Scottish Leaving Certificate Examination, 1961
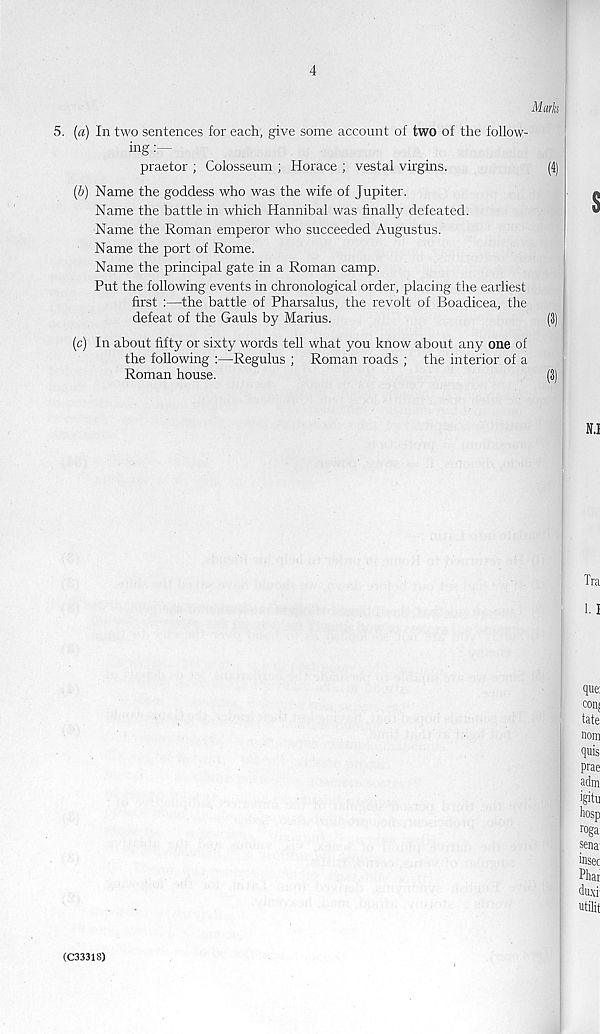
4
Murk
5. (a) In two sentences for each, give some account of two of the follow-
ing :—
praetor ; Colosseum ; Horace ; vestal virgins.
(4)
(b) Name the goddess who was the wife of Jupiter.
Name the battle in which Hannibal was finally defeated.
Name the Roman emperor who succeeded Augustus.
Name the port of Rome.
Name the principal gate in a Roman camp.
Put the following events in chronological order, placing the earliest
first :—the battle of Pharsalus, the revolt of Boadicea, the
defeat of the Gauls by Marius.
(3)
(c) In about fifty or sixty words tell what you know about any one of
the following :—Regulus ; Roman roads ; the interior of a
Roman house.
(3)
(C3331S)